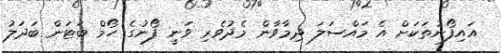
އައިފޯނުތަކަށް އެ މައްސަލަ ދިމާވާން މެދުވެރި ވަނީ ފޯނުގެ ހޯމް ބަޓަން ބަދަލު